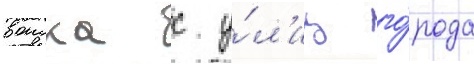
воиска с у́л'иц го́рода